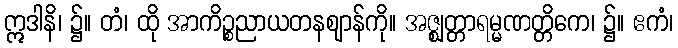
ဣဒါနိ၊ ၌။ တံ၊ ထို အာကိဉ္စညာယတနဈာန်ကို။ အဇ္ဈတ္တာရမ္မဏတ္တိကေ၊ ၌။ ဧကံ၊